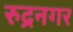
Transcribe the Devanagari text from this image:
रुद्रनगर